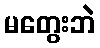
မတွေးဘဲ